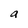
Character: a